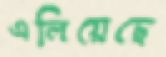
এলিয়েছে